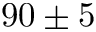
9 0 \pm 5